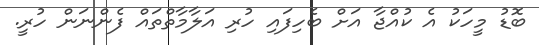
ބޮޑު މީހަކު އެ ކުއްޖާ އަށް ބެހިފައި ހުރި އަލާމާތްތައް ފެންނަން ހުރީ.